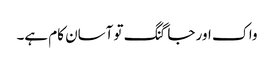
واک اور جاگنگ تو آسان کام ہے۔